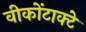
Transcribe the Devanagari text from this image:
वीकोंटाक्टे